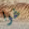
غوا